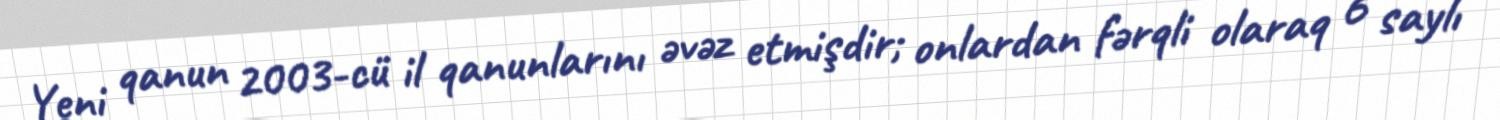
Yeni qanun 2003-cü il qanunlarını əvəz etmişdir; onlardan fərqli olaraq 6 saylı